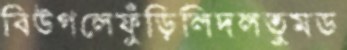
বিউগলেফুঁড়িলিদলতুমড